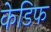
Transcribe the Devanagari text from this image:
केडिफ